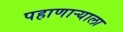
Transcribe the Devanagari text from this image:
पहाणाऱ्याला